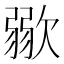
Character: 𱤹